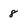
Character: 8